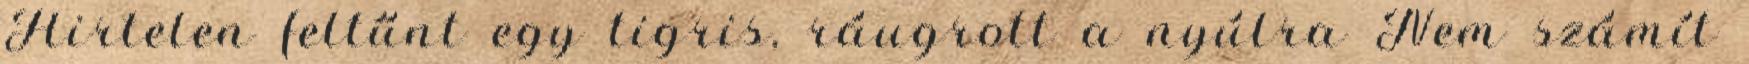
Hirtelen feltűnt egy tigris, ráugrott a nyúlra Nem számít